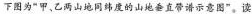
下图为”甲，乙两山地同度的山地垂直带示意图”。读